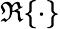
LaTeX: \Re\{ \cdot\}